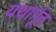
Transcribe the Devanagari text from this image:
यथार्पूव